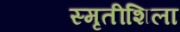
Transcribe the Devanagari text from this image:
स्मृतीशिला